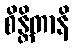
စိန္တိတာနိ